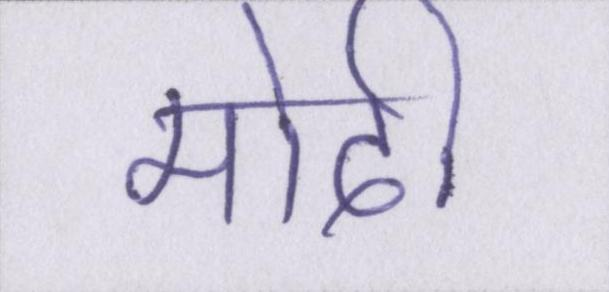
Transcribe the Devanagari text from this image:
मोदी